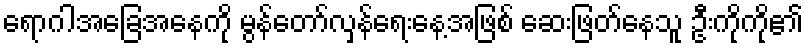
ရောဂါအခြေအနေကို မွန်တော်လှန်ရေးနေ့အဖြစ် ဆေးဖြတ်နေသူ ဦးကိုကို၏